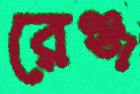
রেঞ্জ